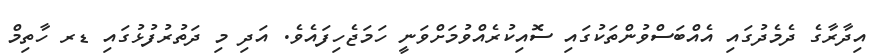
އިދާރާގެ ދެމެދުގައި އެއްބަސްވުންތަކުގައި ސޮއިކުރެއްވުމަށްވަނީ ހަމަޖެހިފައެވެ. އަދި މި ދަތުރުފުޅުގައި ޑރ ހާތިމް